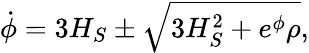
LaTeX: \dot{\phi}=3H_{S}\pm\sqrt{3H_{S}^{2}+e^{\phi}\rho},